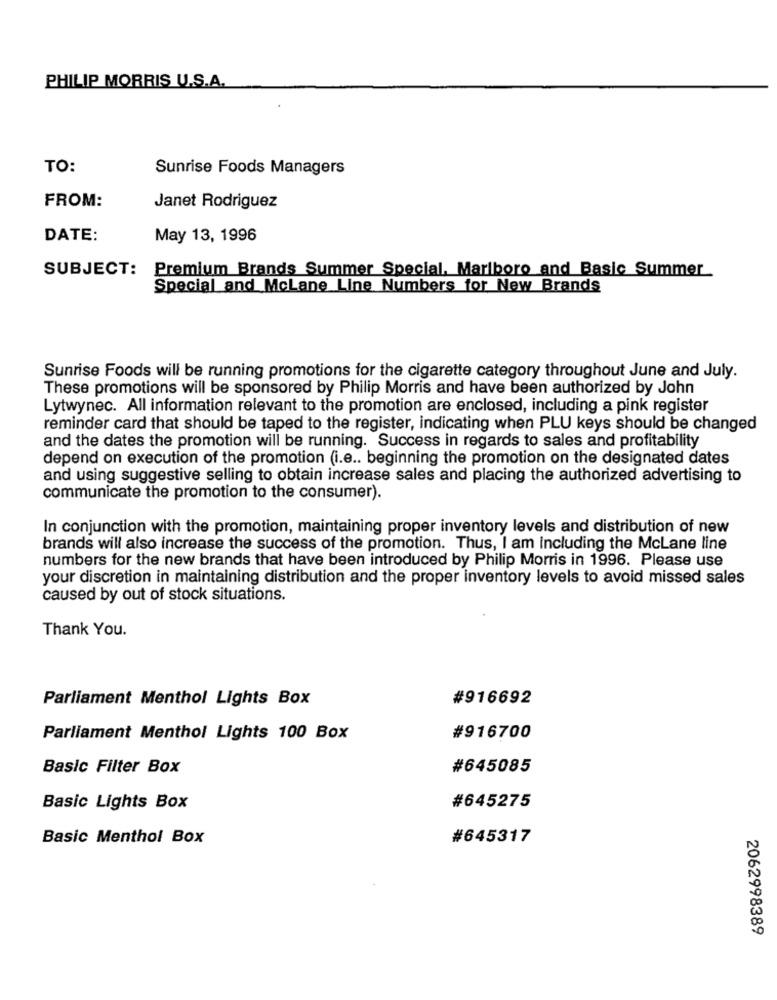
PHILIP MORRIS U.S.A.
TO:
Sunrise Foods Managers
FROM:
Janet Rodriguez
DATE:
May 13, 1996
SUBJECT: Premium Brands Summer Special, Marlboro and Basic Summer
Special and McLane Line Numbers for New Brands
Sunrise Foods will be running promotions for the cigarette category throughout June and July.
These promotions will be sponsored by Philip Morris and have been authorized by John
Lytwynec. All information relevant to the promotion are enclosed, including a pink register
reminder card that should be taped to the register, indicating when PLU keys should be changed
and the dates the promotion will be running. Success in regards to sales and profitability
depend on execution of the promotion (i.e .. beginning the promotion on the designated dates
and using suggestive selling to obtain increase sales and placing the authorized advertising to
communicate the promotion to the consumer).
In conjunction with the promotion, maintaining proper inventory levels and distribution of new
brands will also increase the success of the promotion. Thus, I am including the McLane line
numbers for the new brands that have been introduced by Philip Morris in 1996. Please use
your discretion in maintaining distribution and the proper inventory levels to avoid missed sales
caused by out of stock situations.
Thank You.
Parliament Menthol Lights Box
#916692
Parliament Menthol Lights 100 Box
#916700
Basic Filter Box
#645085
Basic Lights Box
#645275
Basic Menthol Box
#645317
2062998389